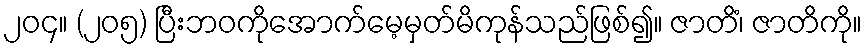
၂၀၄။ (၂၀၅) ပြီးဘဝကိုအောက်မေ့မှတ်မိကုန်သည်ဖြစ်၍။ ဇာတိံ၊ ဇာတိကို။